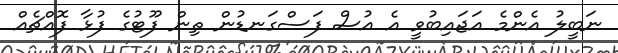
ނަބީލު އެންމެ އަޖައިބުވީ އެ އުސް ފަސްގަނޑުން ތިން ފޫޓުގެ ފުޅާ ފޮއްޗެއް